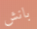
بانش